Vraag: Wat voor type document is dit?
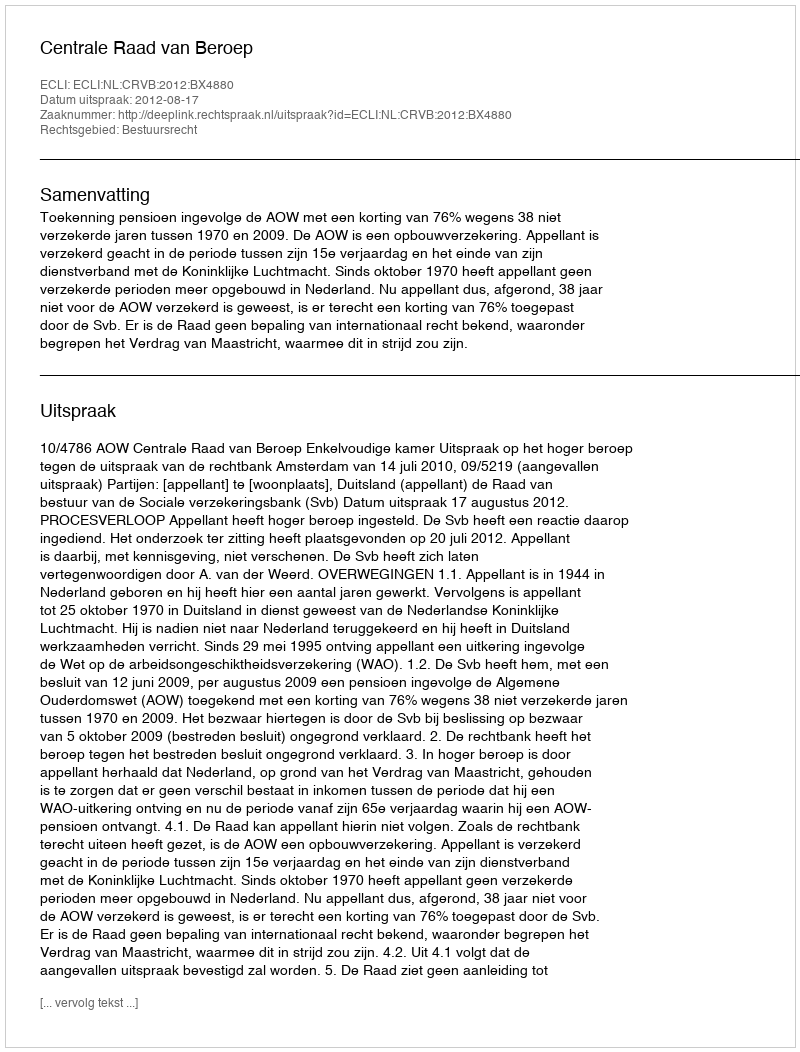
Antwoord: Uitspraak